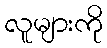
လူများကို